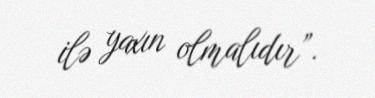
ilə yaxın olmalıdır”.